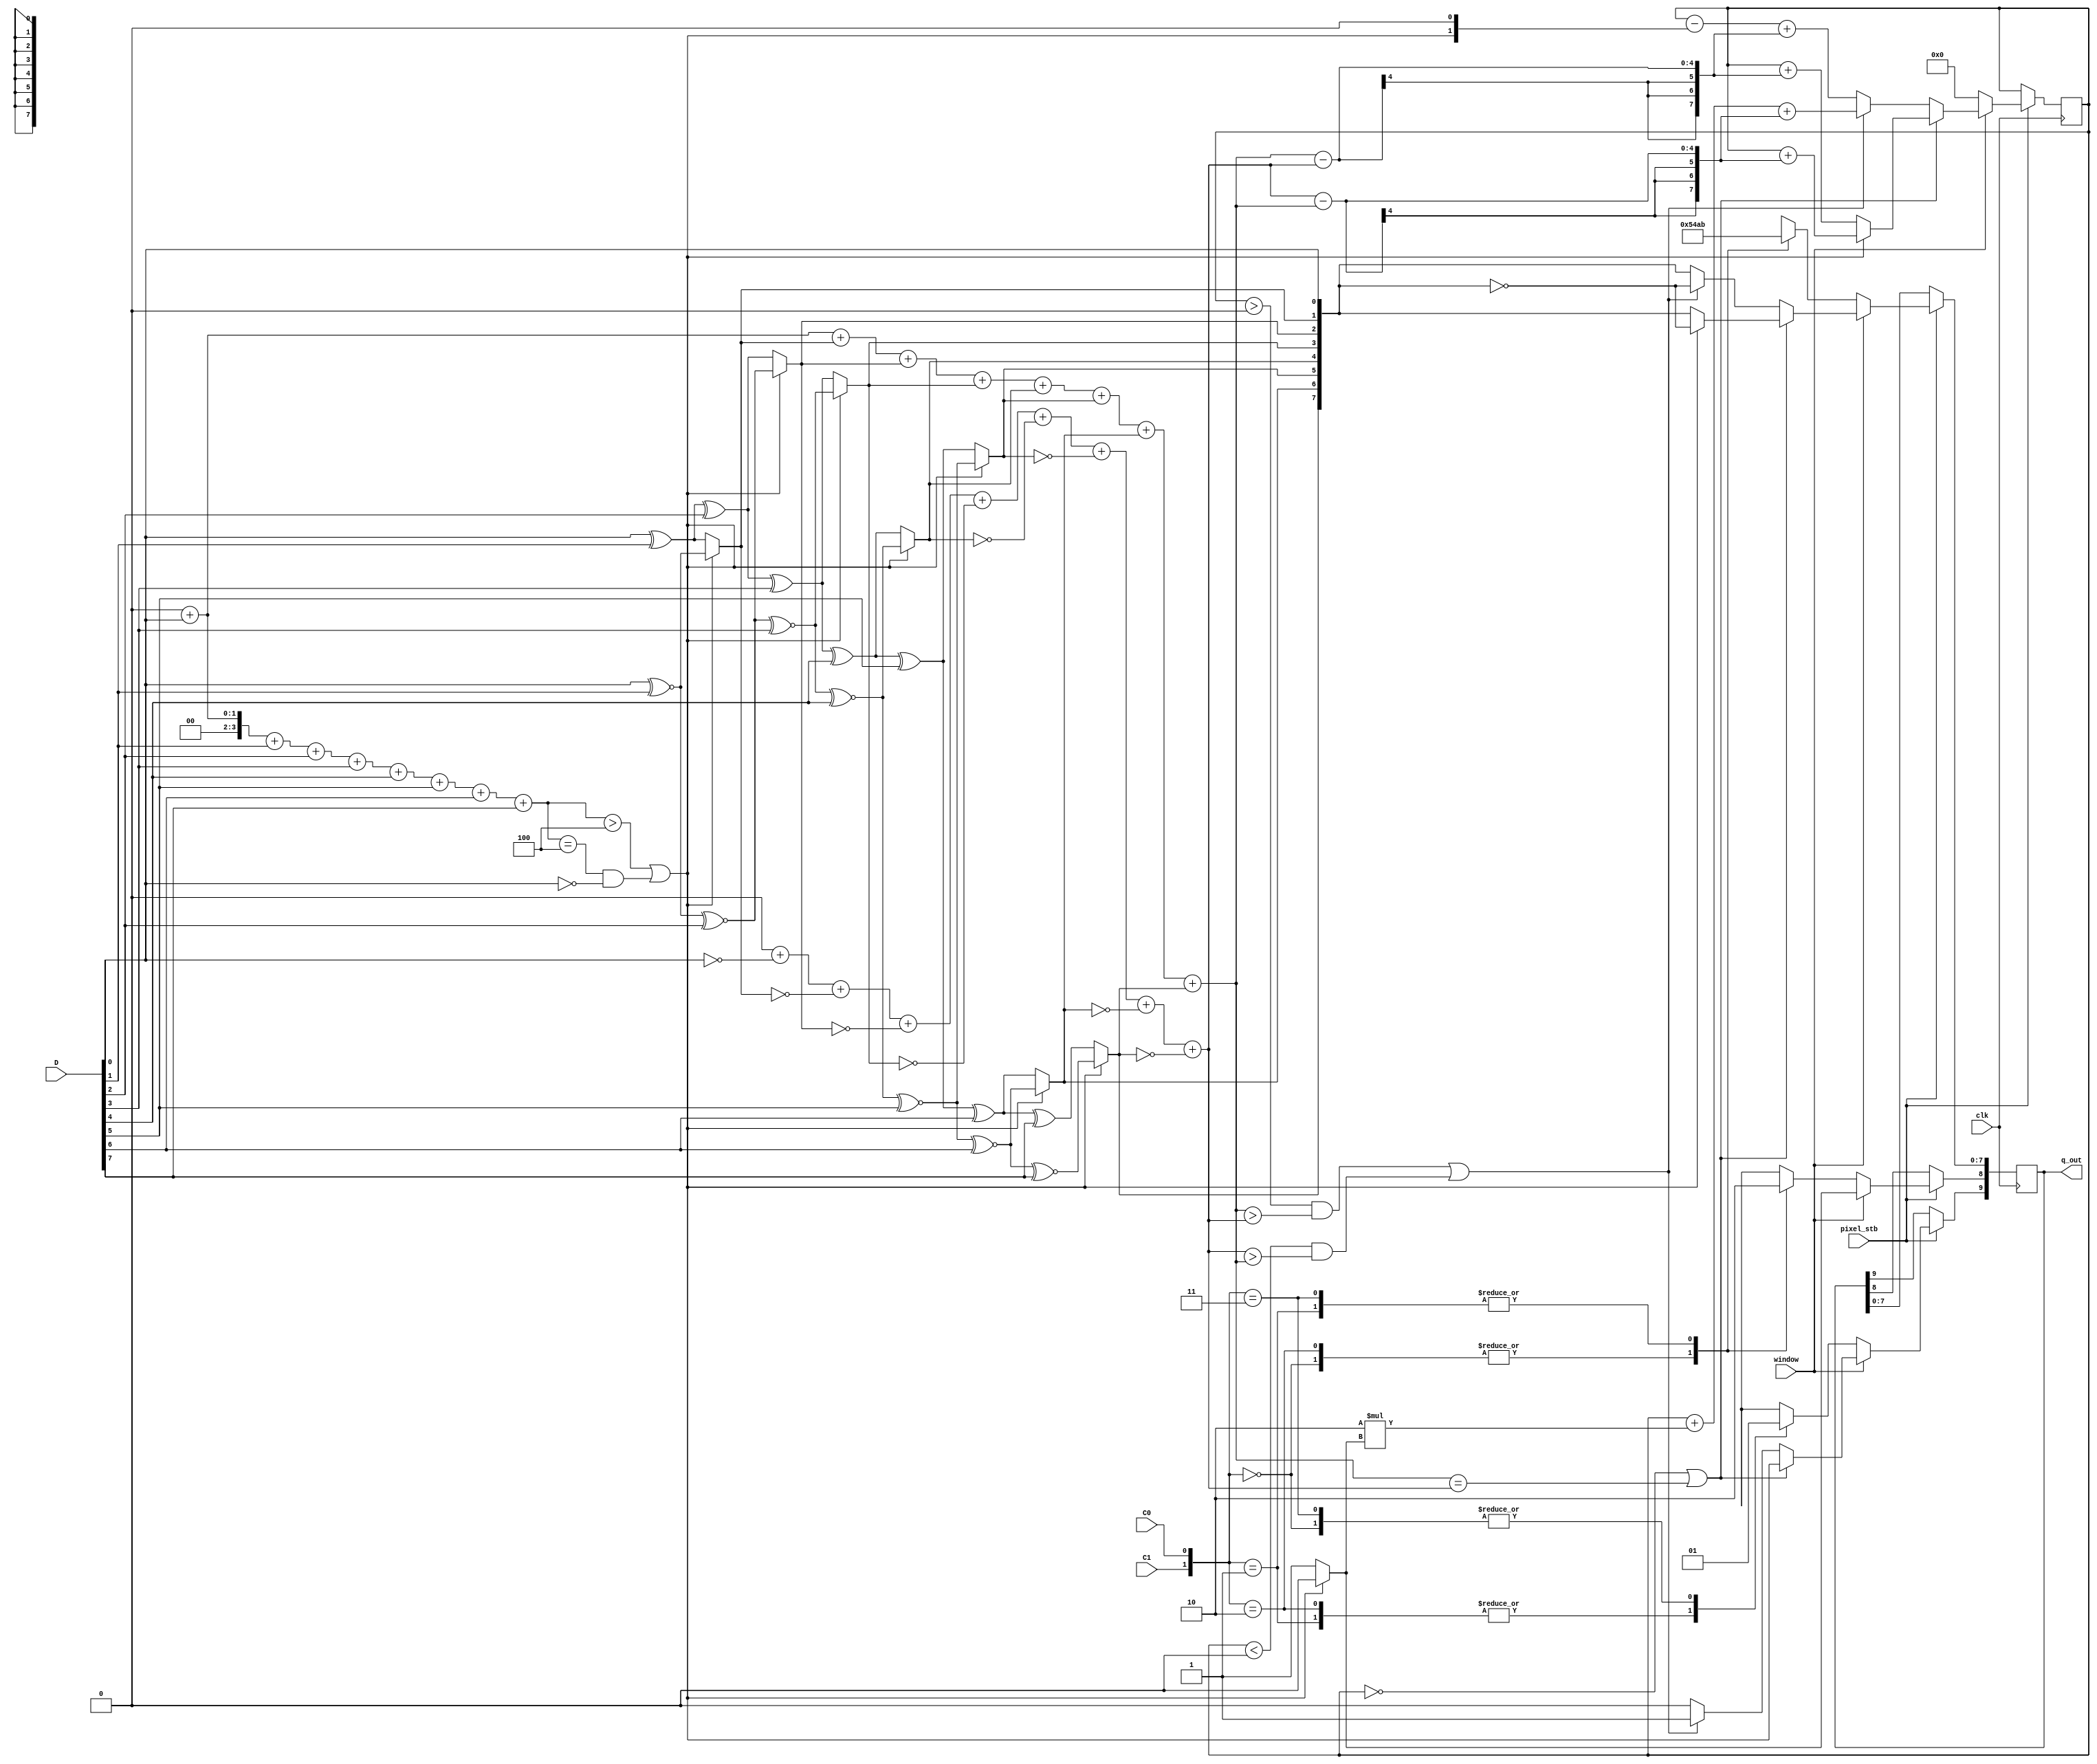
/*
my_hdmi_device 

Copyright (C) 2021  Hirosh Dabui <hirosh@dabui.de>

Permission to use, copy, modify, and/or distribute this software for any
purpose with or without fee is hereby granted, provided that the above
copyright notice and this permission notice appear in all copies.

THE SOFTWARE IS PROVIDED "AS IS" AND THE AUTHOR DISCLAIMS ALL WARRANTIES
WITH REGARD TO THIS SOFTWARE INCLUDING ALL IMPLIED WARRANTIES OF
MERCHANTABILITY AND FITNESS. IN NO EVENT SHALL THE AUTHOR BE LIABLE FOR
ANY SPECIAL, DIRECT, INDIRECT, OR CONSEQUENTIAL DAMAGES OR ANY DAMAGES
WHATSOEVER RESULTING FROM LOSS OF USE, DATA OR PROFITS, WHETHER IN AN
ACTION OF CONTRACT, NEGLIGENCE OR OTHER TORTIOUS ACTION, ARISING OUT OF
OR IN CONNECTION WITH THE USE OR PERFORMANCE OF THIS SOFTWARE.
*/
/*
 * tmds_encode implementation (c) 2020 Hirosh Dabui <hirosh@dabui.de>
 * based on Digital Visual Interface Revision 1.0, Page 29
 */
module tmds_encoder(
           input clk,
           input pixel_stb,
           input window,
           input [7:0]D,
           input C1,
           input C0,
           output reg[9:0] q_out = 0
       );
parameter LEGACY_DVI_CONTROL_LUT = 1;

function [3:0] N0;
    input [7:0] d;
    integer i;
    begin
        N0 = 0;
        for (i = 0; i < 8; i = i +1)
            N0 = N0 + !d[i];
    end
endfunction

function [3:0] N1;
    input [7:0] d;
    integer i;
    begin
        N1 = 0;
        for (i = 0; i < 8; i = i +1)
            N1 = N1 + d[i];
    end
endfunction

reg signed [7:0] cnt_prev = 0;
reg signed [7:0] cnt = 0;

reg [8:0] q_m;

always @(*) begin

    if ( (N1(D) > 4) | (N1(D) == 4) & (D[0] == 0) ) begin

        q_m[0] =           D[0];
        q_m[1] = q_m[0] ~^ D[1];
        q_m[2] = q_m[1] ~^ D[2];
        q_m[3] = q_m[2] ~^ D[3];
        q_m[4] = q_m[3] ~^ D[4];
        q_m[5] = q_m[4] ~^ D[5];
        q_m[6] = q_m[5] ~^ D[6];
        q_m[7] = q_m[6] ~^ D[7];
        q_m[8] = 1'b0;

    end else begin

        q_m[0] =          D[0];
        q_m[1] = q_m[0] ^ D[1];
        q_m[2] = q_m[1] ^ D[2];
        q_m[3] = q_m[2] ^ D[3];
        q_m[4] = q_m[3] ^ D[4];
        q_m[5] = q_m[4] ^ D[5];
        q_m[6] = q_m[5] ^ D[6];
        q_m[7] = q_m[6] ^ D[7];
        q_m[8] = 1'b1;

    end /* (N1(D) > 4) | (N1(D) == 4) & (D[0] == 0) */

end

always @(posedge clk) begin

	if (pixel_stb) begin
		if (window) begin

		    if ((cnt_prev == 0) | (N1(q_m[7:0]) == N0(q_m[7:0]))) begin

		        q_out[9]   <= ~q_m[8];
		        q_out[8]   <=  q_m[8];
		        q_out[7:0] <= q_m[8] ? q_m[7:0] : ~q_m[7:0];

		        if (q_m[8] == 0) begin
		            cnt = cnt_prev + (N0(q_m[7:0]) - N1(q_m[7:0]));
		        end else begin
		            cnt = cnt_prev + (N1(q_m[7:0]) - N0(q_m[7:0]));
		        end /*q_m[8] == 0*/

		    end else begin

		        if ( (cnt_prev > 0 & (N1(q_m[7:0]) > N0(q_m[7:0]))) |
		                (cnt_prev < 0 & (N0(q_m[7:0]) > N1(q_m[7:0]))) ) begin
		            q_out[9] <= 1;
		            q_out[8] <= q_m[8];
		            q_out[7:0] <= ~q_m[7:0];
		            cnt = cnt_prev + 2*q_m[8] + (N0(q_m[7:0]) - N1(q_m[7:0]));
		        end else begin
		            q_out[9] <= 0;
		            q_out[8] <= q_m[8];
		            q_out[7:0] <= q_m[7:0];
		            cnt = cnt_prev - {~q_m[8], 1'b0} + (N1(q_m[7:0]) - N0(q_m[7:0]));
		        end /*
		            (cnt_prev > 0 & N1(q_m[7:0]) > N0(q_m[7:0]))) |
		            (cnt_prev < 0 & N0(q_m[7:0]) > N1(q_m[7:0])))
		          */

		    end /* ((cnt_prev == 0) | (N1(q_m[7:0]) == N0(q_m[7:0]))) */

		end else begin
		    /* !DE */
		    cnt = 0;
		    /* hsync -> c0 | vsync -> c1 */
		    case ({C1, C0})
	`ifdef LEGACY_DVI_CONTROL_LUT
		        /* dvi control data lut */
		        2'b00: q_out <= 10'b00101_01011;
		        2'b01: q_out <= 10'b11010_10100;
		        2'b10: q_out <= 10'b00101_01010;
		        2'b11: q_out <= 10'b11010_10101;
	`else
		        /* hdmi control data period */
		        2'b00: q_out <= 10'b1101010100;
		        2'b01: q_out <= 10'b0010101011;
		        2'b10: q_out <= 10'b0101010100;
		        2'b11: q_out <= 10'b1010101011;
	`endif
		    endcase

		end /* DE */
	    cnt_prev <= cnt;

	end /* pixel_stb */

end

endmodule